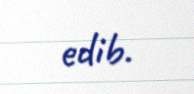
edib.